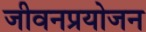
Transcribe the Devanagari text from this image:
जीवनप्रयोजन